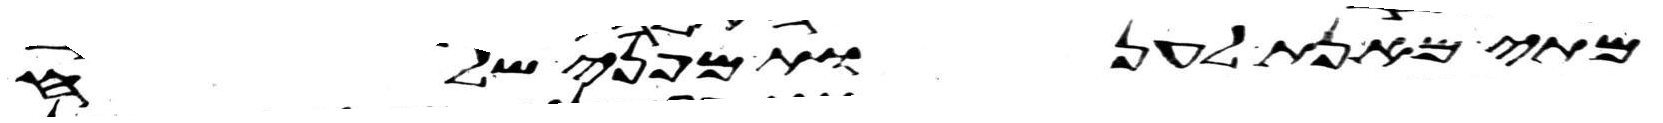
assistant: מתי מאנת לענות מפני שלח